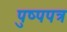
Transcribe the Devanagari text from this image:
पुष्पपत्र